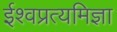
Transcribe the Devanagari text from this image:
ईश्वप्रत्यमिज्ञा